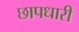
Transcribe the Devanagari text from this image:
छापधारी